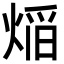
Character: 㷔